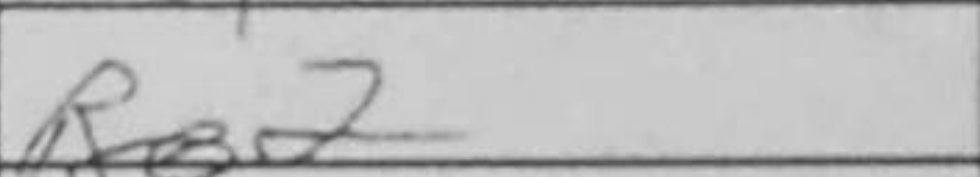
Transcription: Re2